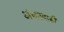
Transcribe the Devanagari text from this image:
अंजनवाडी